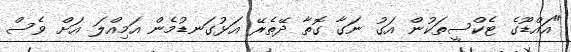
"އައްޑޫގެ ޓެކްސީތަކުން އަގު ނަގާ ގޮތާ ދޭތެރޭ އަޅުގަނޑުމެން އަމިއްލަ އަށް ވެސް